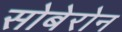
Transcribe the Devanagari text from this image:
सोबेरोन